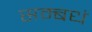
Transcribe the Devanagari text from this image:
सम्बधं